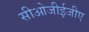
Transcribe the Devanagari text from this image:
सीओजीईजीए